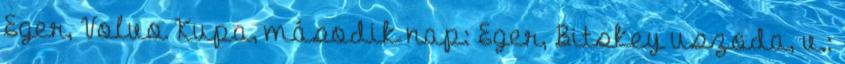
Eger, Volvo Kupa, második nap: Eger, Bitskey uszoda, v.: